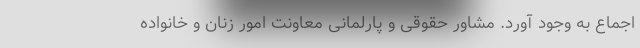
اجماع به وجود آورد. مشاور حقوقی و پارلمانی معاونت امور زنان و خانواده